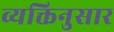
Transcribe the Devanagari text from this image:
व्यक्तिनुसार